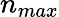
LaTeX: n_{max}